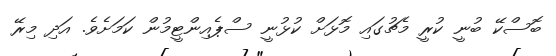
ބޮސްކޭ ބުނީ ކުރީ މެޗުގައި މޮޅަށް ކުޅުނީ ސްޕެއިންޓީމުން ކަމަށެވެ. އަދި މިރޭ